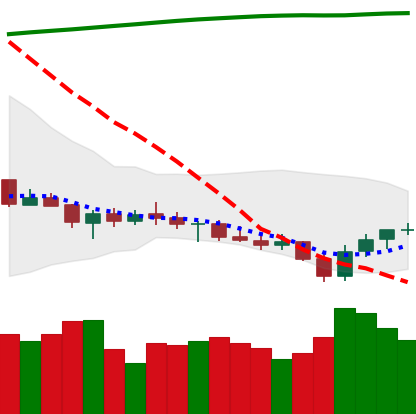
Ticker: XRP-USD
Chart end date: 2021-07-24
Forward return: 22.66%
Label: up_7plus